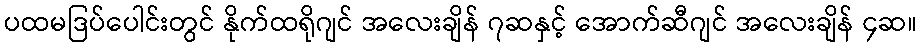
ပထမဒြပ်ပေါင်းတွင် နိုက်ထရိုဂျင် အလေးချိန် ၇ဆနှင့် အောက်ဆီဂျင် အလေးချိန် ၄ဆ။